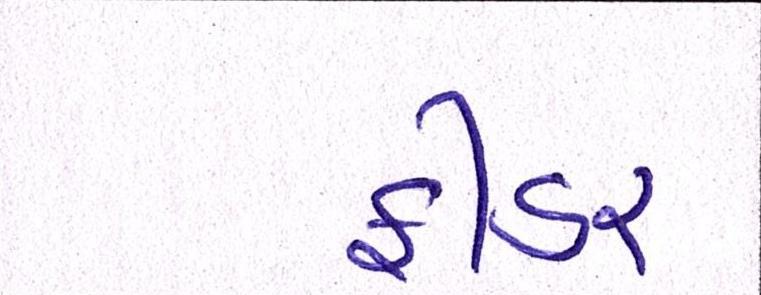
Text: ફીડર